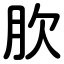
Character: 肷